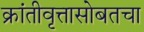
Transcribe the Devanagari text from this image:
क्रांतीवृत्तासोबतचा